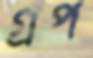
গ্রপ